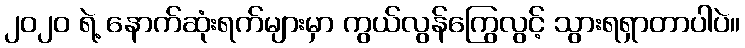
၂၀၂၀ ရဲ့ နောက်ဆုံးရက်များမှာ ကွယ်လွန်ကြွေလွင့် သွားရရှာတာပါပဲ။